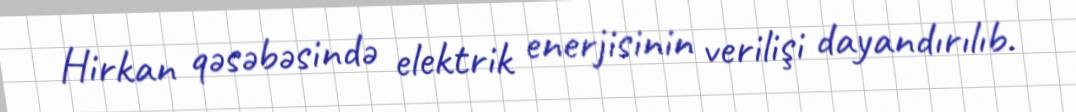
Hirkan qəsəbəsində elektrik enerjisinin verilişi dayandırılıb.